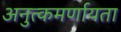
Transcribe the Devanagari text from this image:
अनुत्कमर्णायता